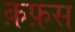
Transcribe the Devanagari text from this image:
क़फ़स